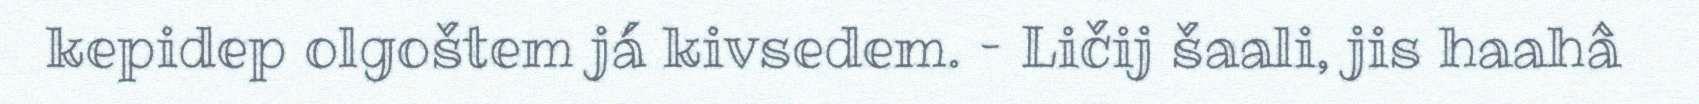
kepidep olgoštem já kivsedem. – Ličij šaali, jis haahâ